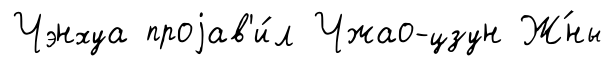
Чэнхуа проjав'и́л Чжао-цзун Ж́ны